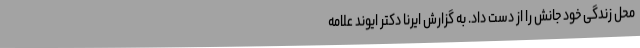
محل زندگی خود جانش را از دست داد. به گزارش ایرنا دکتر ایوند علامه